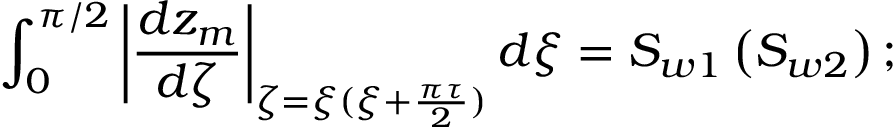
\int _ { 0 } ^ { \pi / 2 } \left| \frac { d z _ { m } } { d \zeta } \right| _ { \zeta = \xi ( { \xi + \frac { \pi \tau } { 2 } } ) } d \xi = S _ { w 1 } \left( { S _ { w 2 } } \right) ;